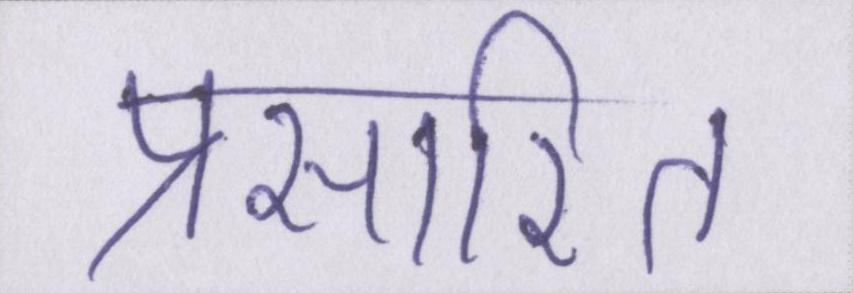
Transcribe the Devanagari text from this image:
प्रसारित